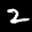
Label: 2